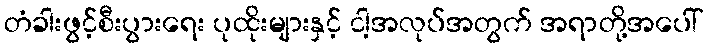
တံခါးဖွင့်စီးပွားရေး ပုထိုးများနှင့် ငါ့အလုပ်အတွက် အရာတို့အပေါ်